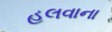
હલવાના